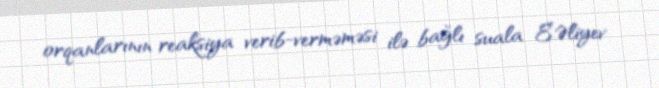
orqanlarının reaksiya verib-verməməsi ilə bağlı suala E.Əliyev